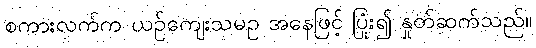
စကားလက်က ယဉ်ကျေးသမဥ အနေဖြင့် ပြုံး၍ နှုတ်ဆက်သည်။